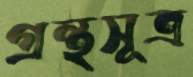
গ্রন্থসূত্র